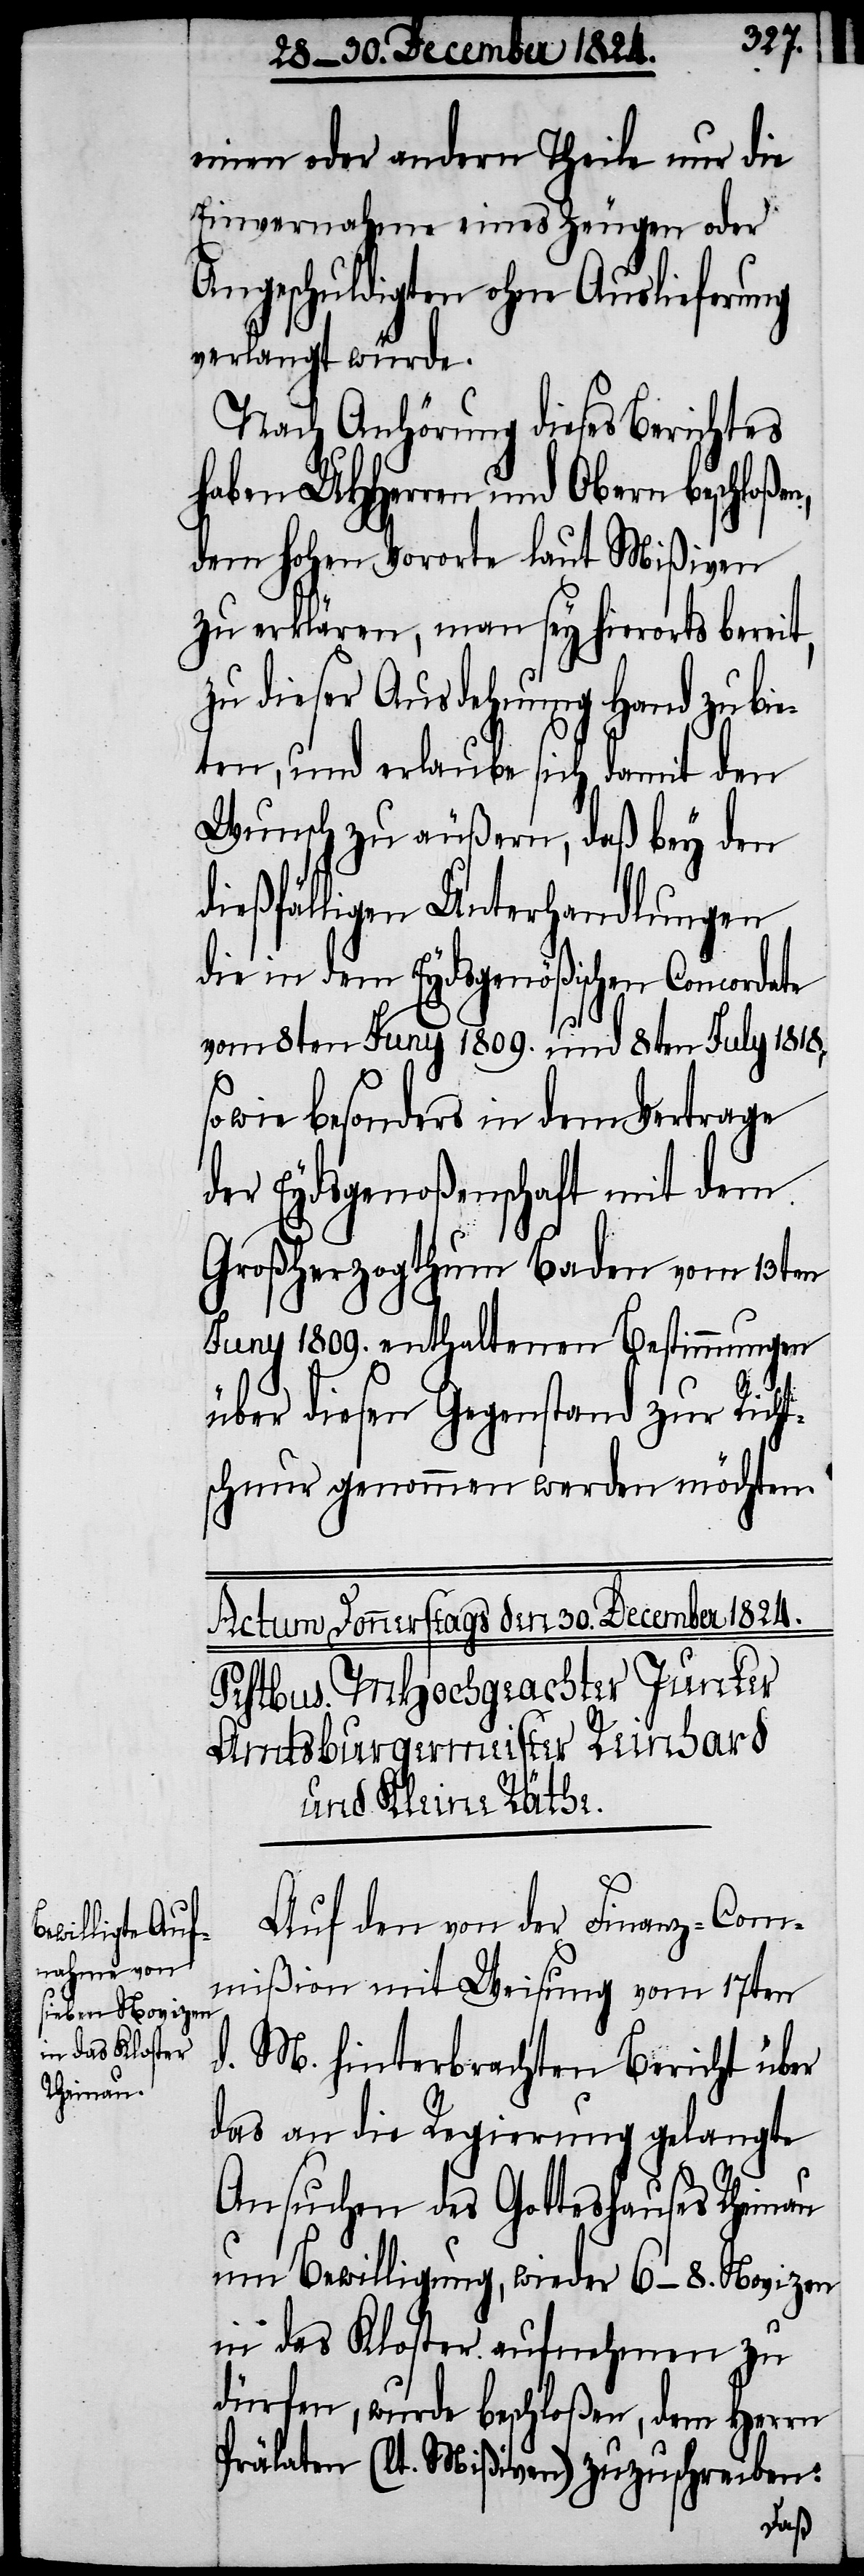
einen oder andern Theile nur die
Einvernahme eines Zeugen oder
Angeschuldigten ohne Auslieferung
verlangt würde.
Nach Anhörung dieses Berichtes
haben UHHerren und Obern beschloße¬
dem hohen Vororte laut Mißiven
zu erklären, man sey hierorts bereit,
zu dieser Ausdehnung Hand zu bie¬
ten, und erlaube sich damit den
Wunsch zu äußern, daß bey den
dießfälligen Unerhandlungen
die in dem Eydsgenößischen Concordate
vom 8ten Juny 1809. und 8ten July 1818,
sowie besonders in dem Vertrage
der Eydsgenoßenschaft mit dem
Großherzogthum Baden vom 13ten
Juny 1809. enthaltenen Bestimmungen
n,
über diesen Gegenstand zur Richt¬
schnur genommen werden möchten.
Auf den von der Finanz-Com¬
mißion mit Weisung vom 17ten
d. M. hinterbrachten Bericht über
das an die Regierung gelangte
Ansuchen des Gotteshauses Rheinau
um Bewilligung, wieder 6–8. Novizen
in das Kloster aufnehmen zu
dürfen, wurde beschloßen, dem Herrn
Prälaten (lt. Mißiven) zuzuschreiben: